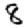
Digit: 8